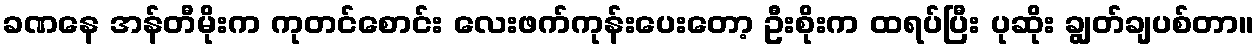
ခဏနေ အန်တီမိုးက ကုတင်စောင်း လေးဖက်ကုန်းပေးတော့ ဦးစိုးက ထရပ်ပြီး ပုဆိုး ချွတ်ချပစ်တာ။